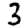
Digit: 3